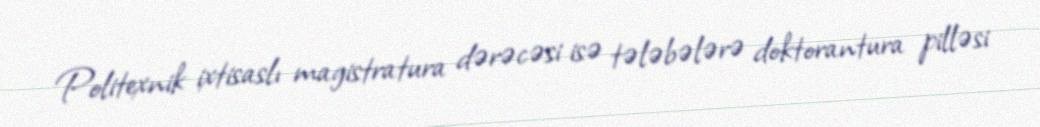
Politexnik ixtisaslı magistratura dərəcəsi isə tələbələrə doktorantura pilləsi